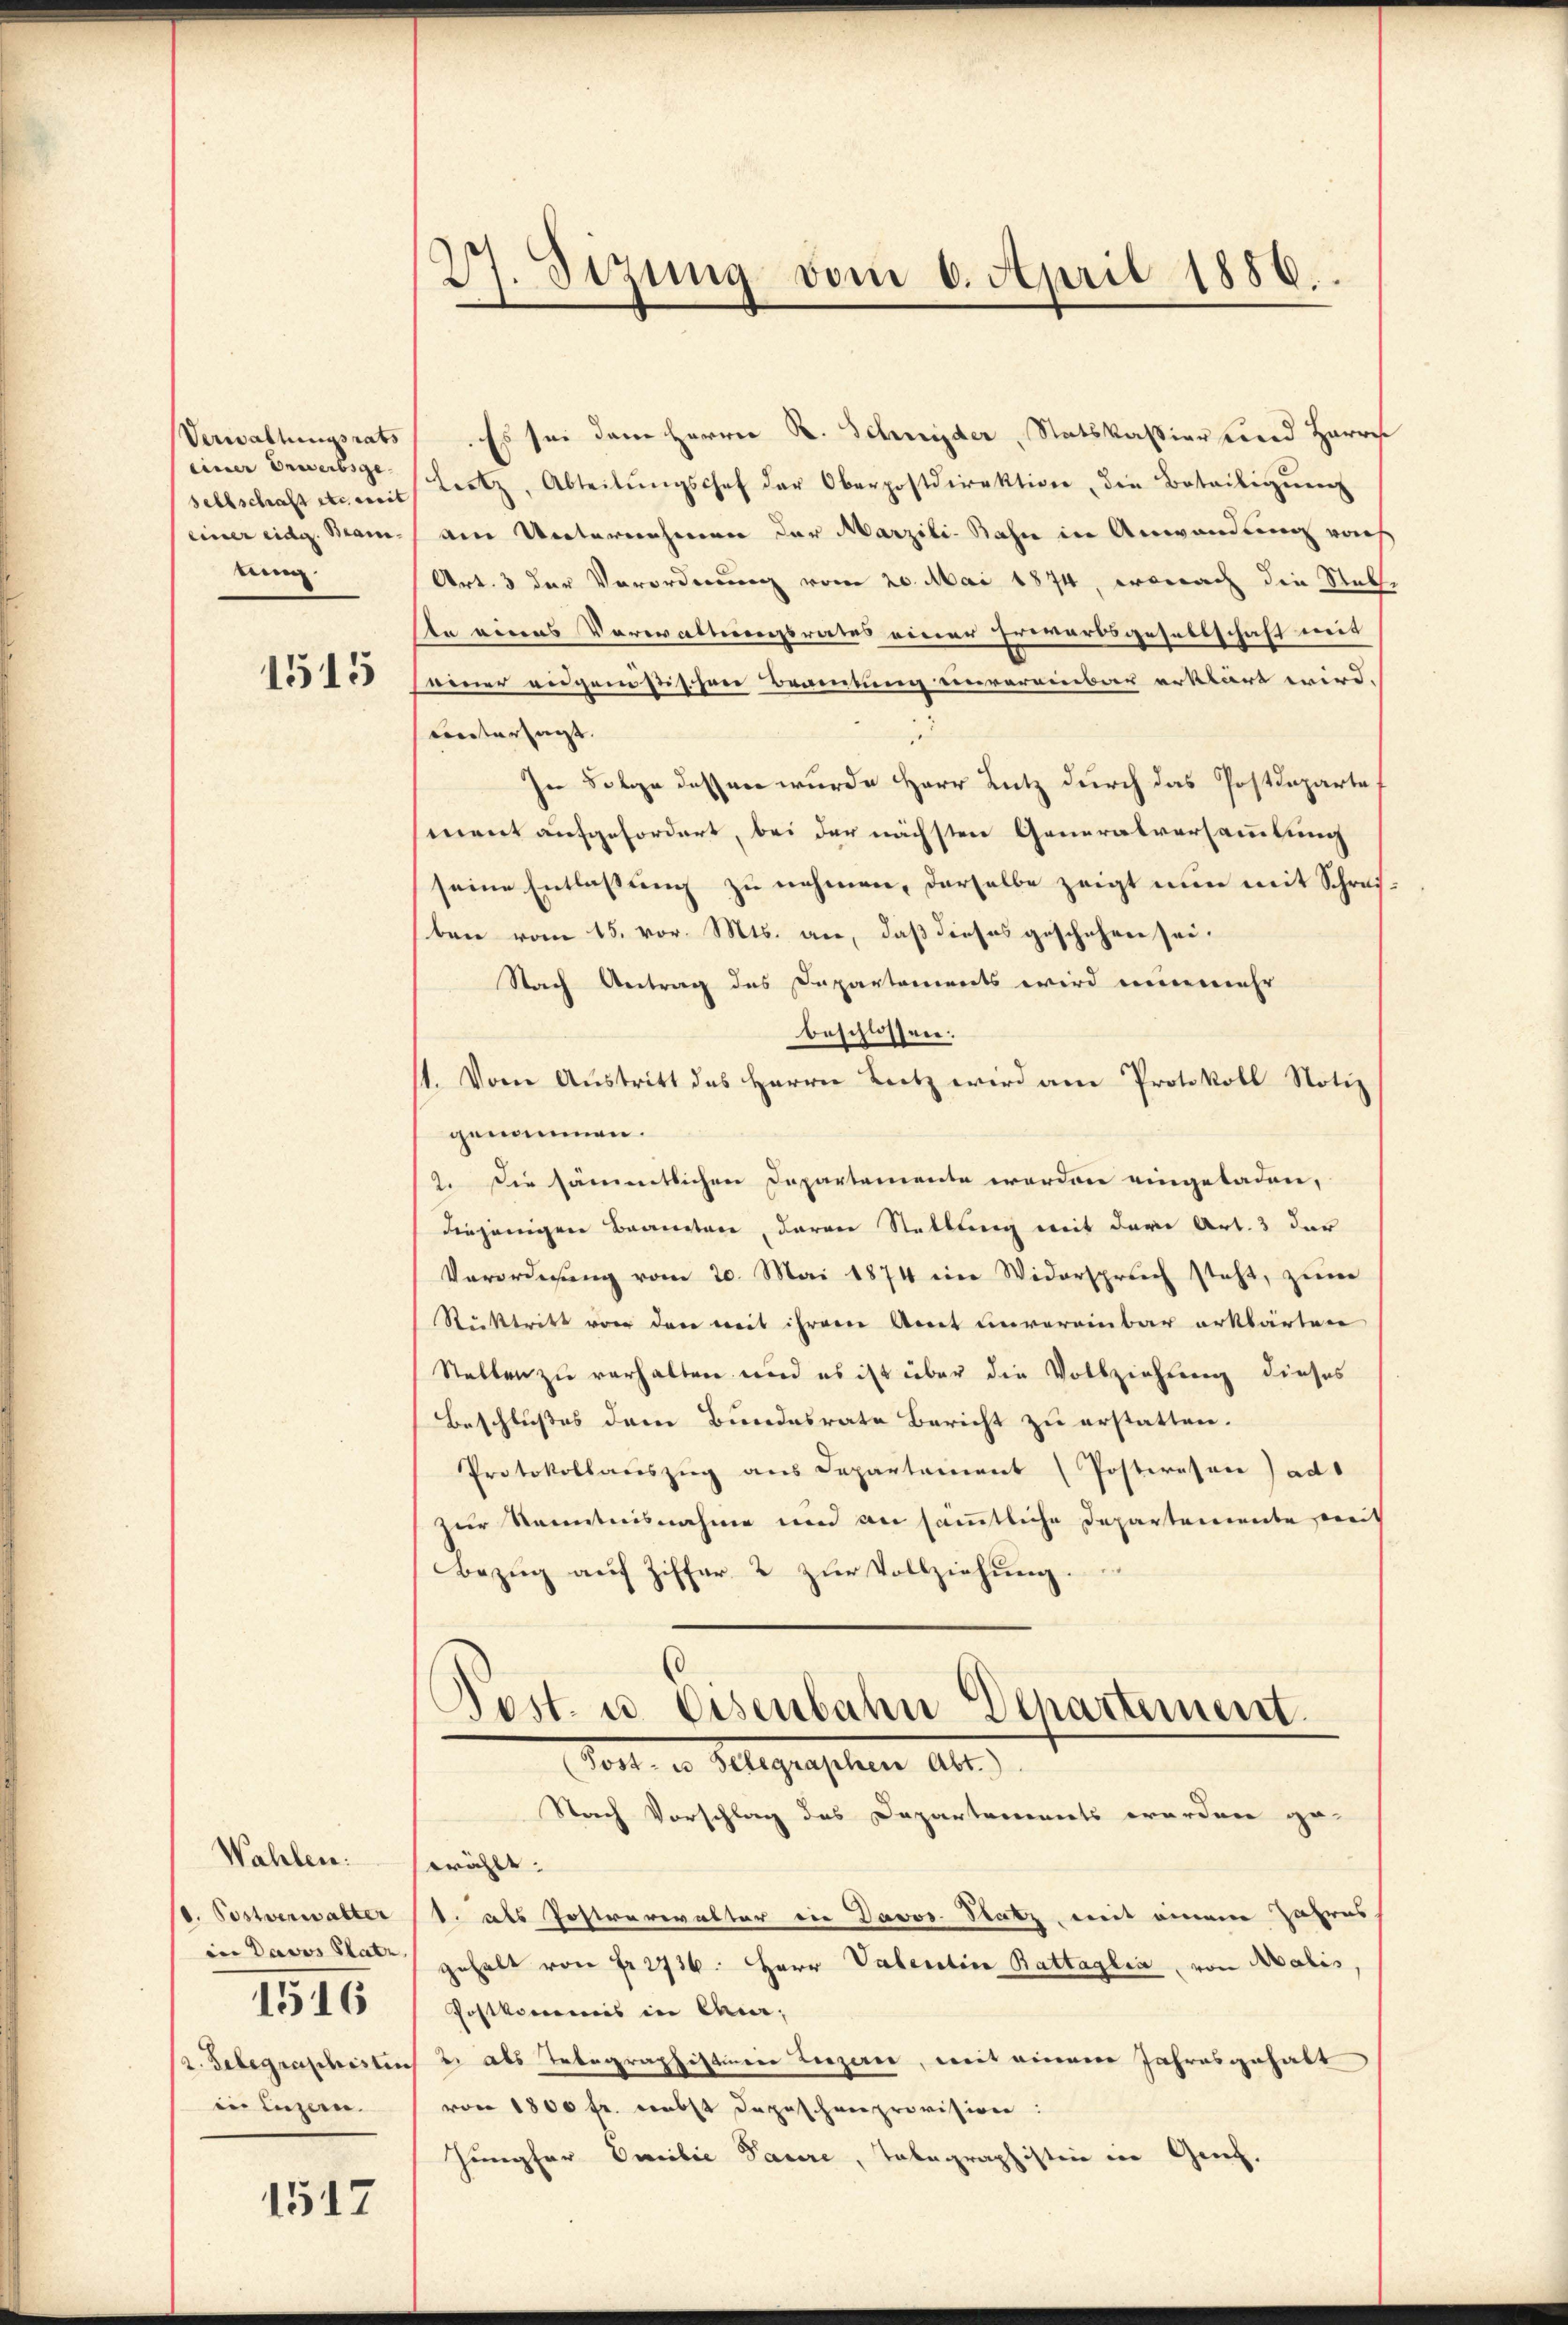
Verwaltungsrats
einer Erwerbsge-
sellschaft etc. weit
(einer eidg. Maini-
tung.

1515

Wahlen.
d. Postverwalter
1516
in Luzern.

1517

27. Sizung vom 6. April 1886.

Es sei dem Herrn R. Schnyder, Statskassierend Harre
leetz, Abteilŭngschef der Oberpostdirektion die Beteiligŭng
am Unternehmen der Marzili-Bahn in Anwandung vo
Art. 3 der Verordnung vom 20. Mai 1874, wonach die Steln eines Vorwaltungsrates einer Erwarbsgesellschaft mit
neuer eidgenößischen Beamtung unvereinbar erklärt wird.
untersagt.
In Folge dessen wurde Herr Lutz durch das Postdepartet
ment aufgefordert, bei der nächsten Generalversammlung
seine Entlassung zu nehmen, derselbe zeigt nun mit Schrei-
ben vom 15. vor. Mts. an, daß dieses geschehen sei.
Nach Antrag des Dapartements wird nunmehr
beschlossen:
1. Vom Aŭstritt des Herrn Lutz wird am Protokoll Notiz
genommen.
2. Die sämmtlichen Departemente werden eingeladen,
diejenigen Beamten, daran Stellung mit der Art. 3 der
Verordnŭng vom 20. Mai 1874 ein Widerspruch steht, zŭm
Rücktritt von der weit ihrem Arret unvereinbar erklärten
Stellen zu verhalten wird es ist über die Vollziehung dieses
Beschlußes dem Bundesrate Bericht zu erstatten.
Protokollauszug aus Departement (Postwesen ad
zur Kenntnisnahme und an sämmtliche Departemente, weit
Bezug auf Ziffer 2 zur Vollziehung.

Post. u. Eisenbahn Departement.
Post u. Gelegraphen alte

Stach Vorschlag des Departements werden ge-
wählt.
1. als Postrarealter die Davos Satz mit einem Jahres
in Davos stat gehalt von fr. 2716. Herr Valentin Battaglia, von Malis
Postkommis in Camer,
r. Gelegraphistens u. als Telegraphistinie Liezen, mit einem Jahresgehalt
von 1800 fr. nebst Depeschenprovision:
Jungfer Emilie Paure, Tabagraphisten in Genf.